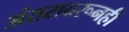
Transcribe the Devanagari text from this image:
अंतरावरूनही